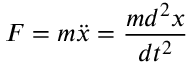
F = m \ddot { x } = \frac { m d ^ { 2 } x } { d t ^ { 2 } }